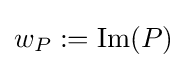
w_{P}:=\mathrm {Im} (P)